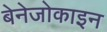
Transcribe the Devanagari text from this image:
बेनेजोकाइन